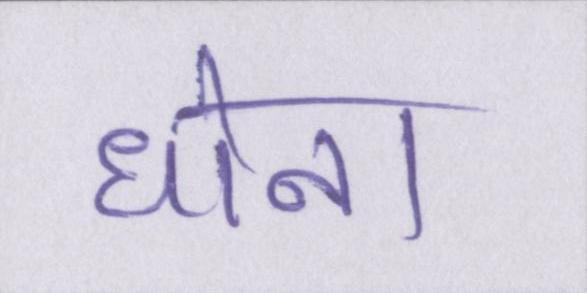
धोना